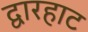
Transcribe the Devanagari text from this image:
द्वारहाट